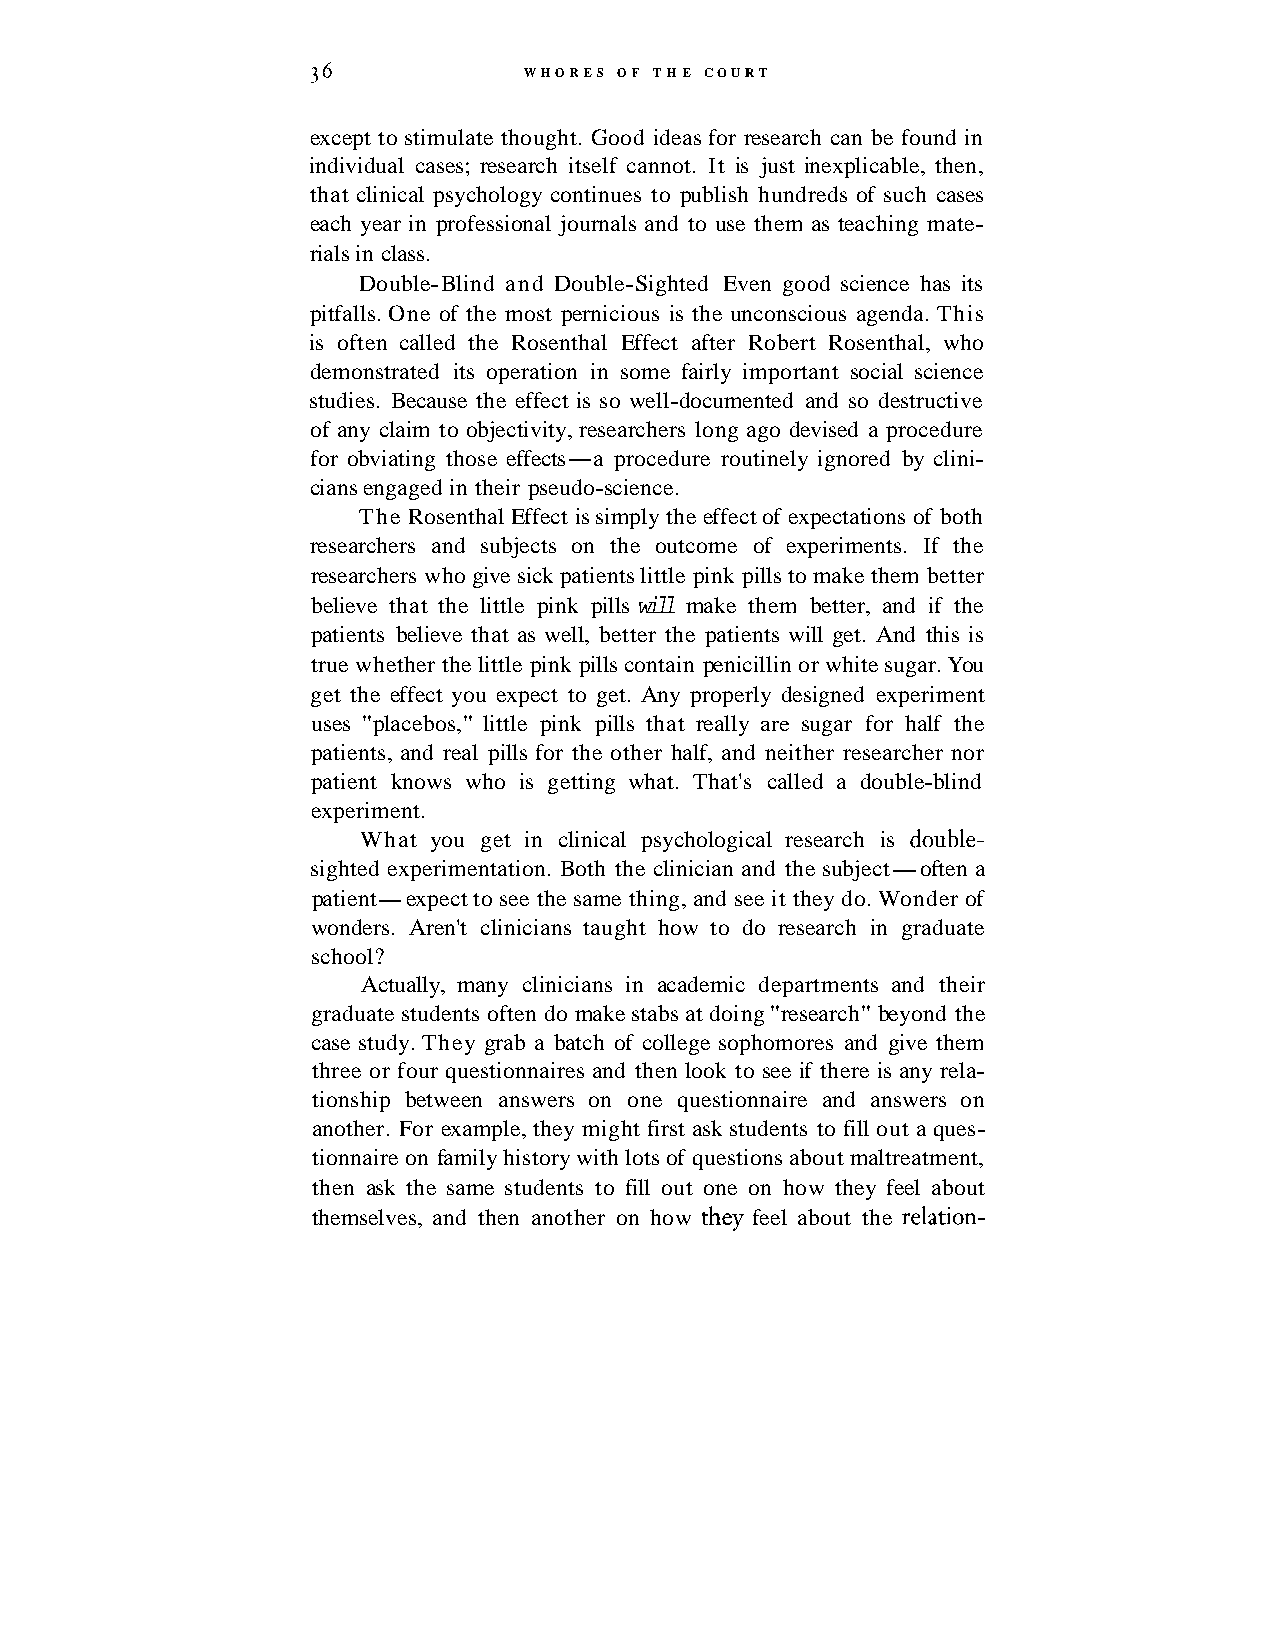
36            WHORES OF T H E COURT
 except to stimulate thought. Good ideas for research can be found in
 individual cases; research itself cannot. It is just inexplicable, then,
 that clinical psychology continues to publish hundreds of such cases
 each year in professional journals and to use them as teaching mate-
 rials in class.
 Double-Blind and Double-Sighted Even good science has its
 pitfalls. One of the most pernicious is the unconscious agenda. This
 is often called the Rosenthal Effect after Robert Rosenthal, who
 demonstrated its operation in some fairly important social science
 studies. Because the effect is so well-documented and so destructive
 of any claim to objectivity, researchers long ago devised a procedure
 for obviating those effects-a procedure routinely ignored by clini-
 cians engaged in their pseudo-science.
 The Rosenthal Effect is simply the effect of expectations of both
 researchers and subjects on the outcome of experiments. If the
 researchers who give sick patients little pink pills to make them better
 believe that the little pink pills will make them better, and if the
 patients believe that as well, better the patients will get. And this is
 true whether the little pink pills contain penicillin or white sugar. You
 get the effect you expect to get. Any properly designed experiment
 uses "placebos," little pink pills that really are sugar for half the
 patients, and real pills for the other half, and neither researcher nor
 patient knows who is getting what. That's called a double-blind
 experiment.
 What you get in clinical psychological research is double-
 sighted experimentation. Both the clinician and the subject-often a
 patient-expect to see the same thing, and see it they do. Wonder of
 wonders. Aren't clinicians taught how to do research in graduate
 school?
 Actually, many clinicians in academic departments and their
 graduate students often do make stabs at doing "research" beyond the
 case study. They grab a batch of college sophomores and give them
 three or four questionnaires and then look to see if there is any rela-
 tionship between answers on one questionnaire and answers on
 another. For example, they might first ask students to fill out a ques-
 tionnaire on family history with lots of questions about maltreatment,
 then ask the same students to fill out one on how they feel about
 themselves, and then another on how they feel about the relation-